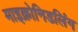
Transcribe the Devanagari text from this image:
माइक्रोनिडलिंग